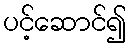
ပင့်ဆောင်၍